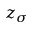
z _ { \sigma }